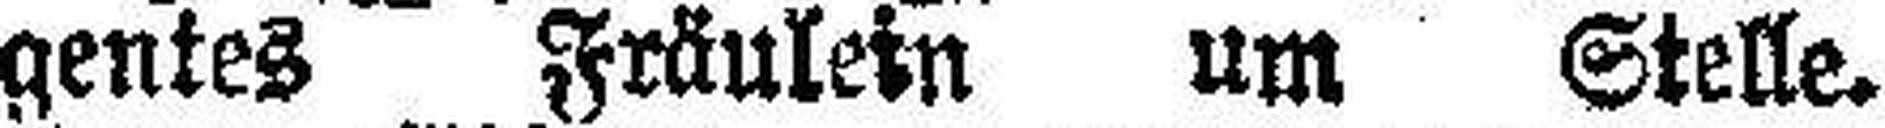
gentes Fräulein um Stelle.